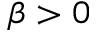
\beta > 0